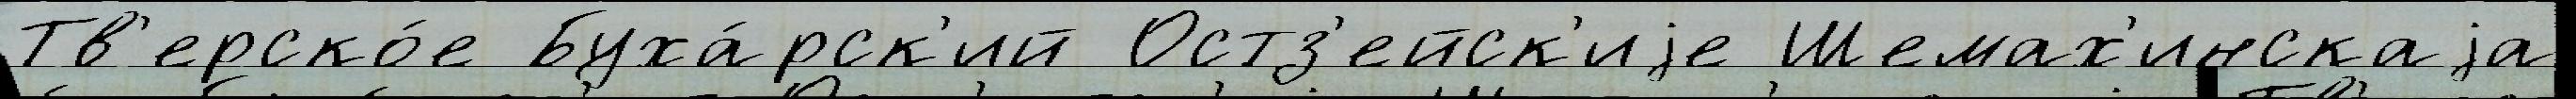
Тв'ерско́е Буха́рск'ий Остз'ейск'иjе Шемах'инскаjа